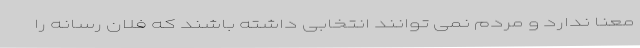
معنا ندارد و مردم نمی توانند انتخابی داشته باشند که فلان رسانه را